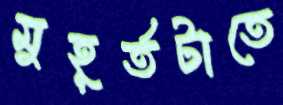
মুহূর্তটাতে